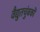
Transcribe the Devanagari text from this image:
वैद्युतचुंबकों